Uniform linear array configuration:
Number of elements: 12
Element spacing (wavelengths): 1
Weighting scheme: cosine
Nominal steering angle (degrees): -15
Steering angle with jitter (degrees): -13.331
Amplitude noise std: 0.05
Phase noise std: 0.05

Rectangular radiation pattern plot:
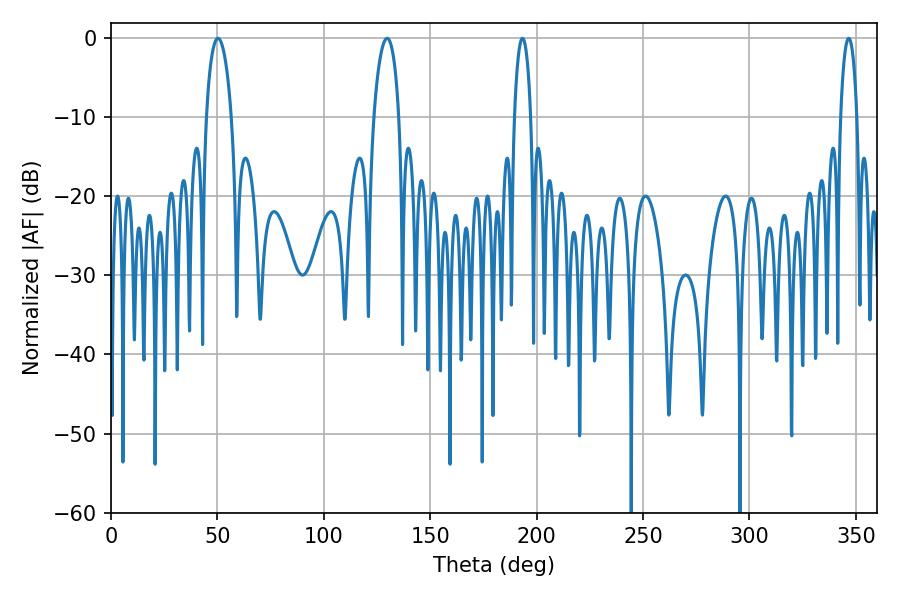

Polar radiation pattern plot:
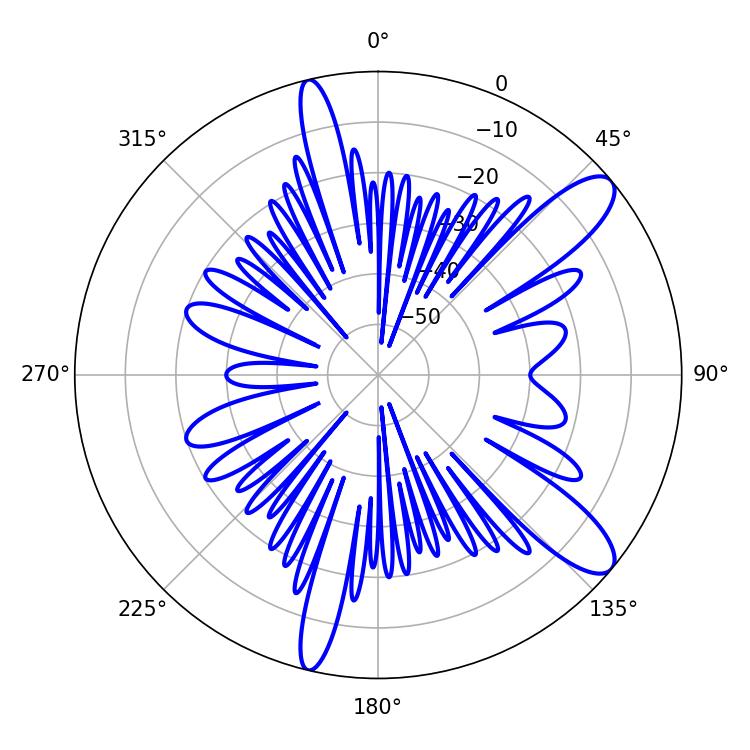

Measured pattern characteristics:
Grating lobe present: TRUE
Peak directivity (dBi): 11.053
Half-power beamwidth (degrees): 6.84
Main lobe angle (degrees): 50.22